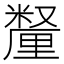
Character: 𫒄